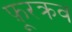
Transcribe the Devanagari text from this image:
फ़ूरक्रव